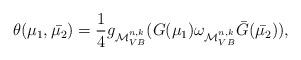
LaTeX: \begin{align*}\theta({\mu_1},\bar{\mu_2})=\frac{1}{4}g_{\mathcal{M}_{VB}^{n,k}}(G({\mu_1})\omega_{\mathcal{M}_{VB}^{n,k}}\bar G(\bar{\mu_2})),\end{align*}